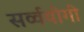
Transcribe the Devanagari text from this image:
सर्व्वयोगी